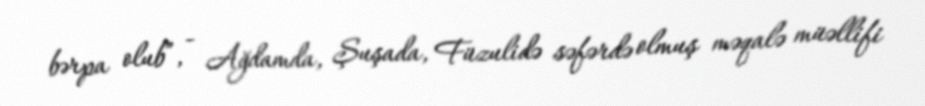
bərpa olub”, - Ağdamda, Şuşada, Füzulidə səfərdə olmuş məqalə müəllifi